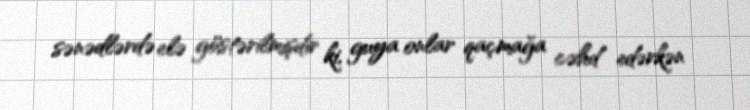
sənədlərdə elə göstərilmişdir ki, guya onlar qaçmağa cəhd edərkən